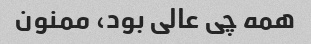
همه چی عالی بود، ممنون